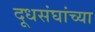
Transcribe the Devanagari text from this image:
दूधसंघांच्या